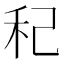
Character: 䄫